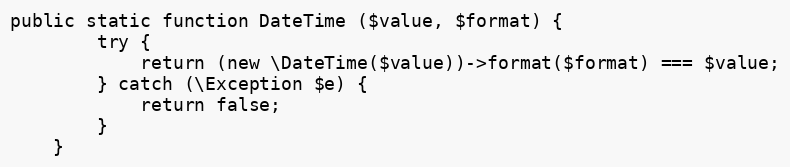
Language: PHP
public static function DateTime ($value, $format) {
		try {
			return (new \DateTime($value))->format($format) === $value;
		} catch (\Exception $e) {
			return false;
		}
	}